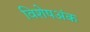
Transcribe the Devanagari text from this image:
विशेषअंक